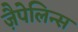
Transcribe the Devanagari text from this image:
ज़ैपेलिन्स